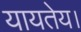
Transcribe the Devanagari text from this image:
यायतेय।